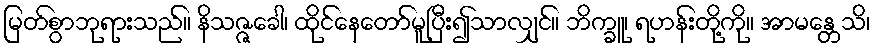
မြတ်စွာဘုရားသည်။ နိသဇ္ဇခေါ၊ ထိုင်နေတော်မူပြီး၍သာလျှင်။ ဘိက္ခူ၊ ရဟန်းတို့ကို။ အာမန္တေသိ၊